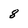
Character: 8